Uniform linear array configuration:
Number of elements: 8
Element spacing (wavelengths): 0.5
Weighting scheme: hamming
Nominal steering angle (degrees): -60
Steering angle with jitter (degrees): -61.24
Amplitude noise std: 0.05
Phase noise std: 0.05

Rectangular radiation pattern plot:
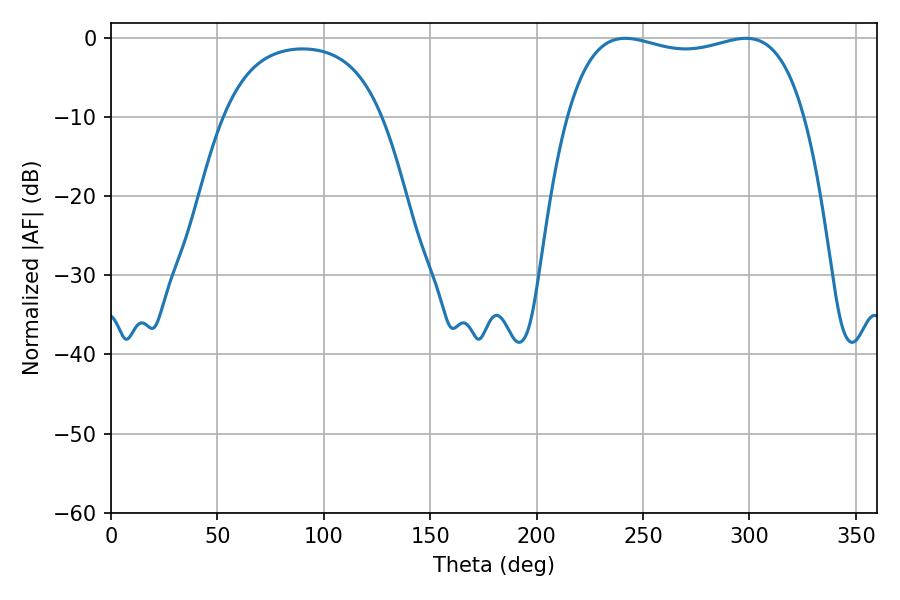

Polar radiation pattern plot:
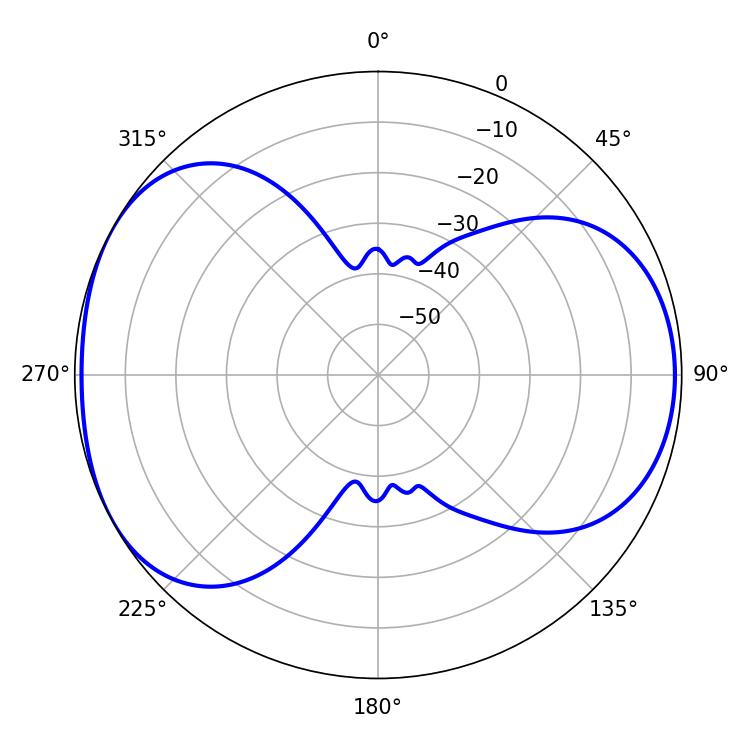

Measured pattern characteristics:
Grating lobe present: FALSE
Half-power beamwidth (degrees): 90.36
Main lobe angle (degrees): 241.56